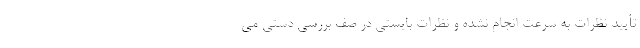
تأیید نظرات به سرعت انجام نشده و نظرات بایستی در صف بررسی دستی می